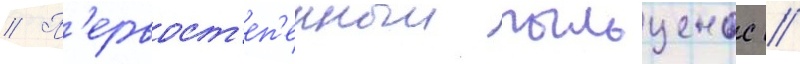
// П'ервост'еп'енныи пыльценос //